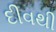
દીવથી